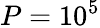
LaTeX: P=10^{5}